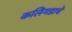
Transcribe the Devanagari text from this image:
कलिंगडाचे